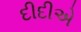
દીદીએ